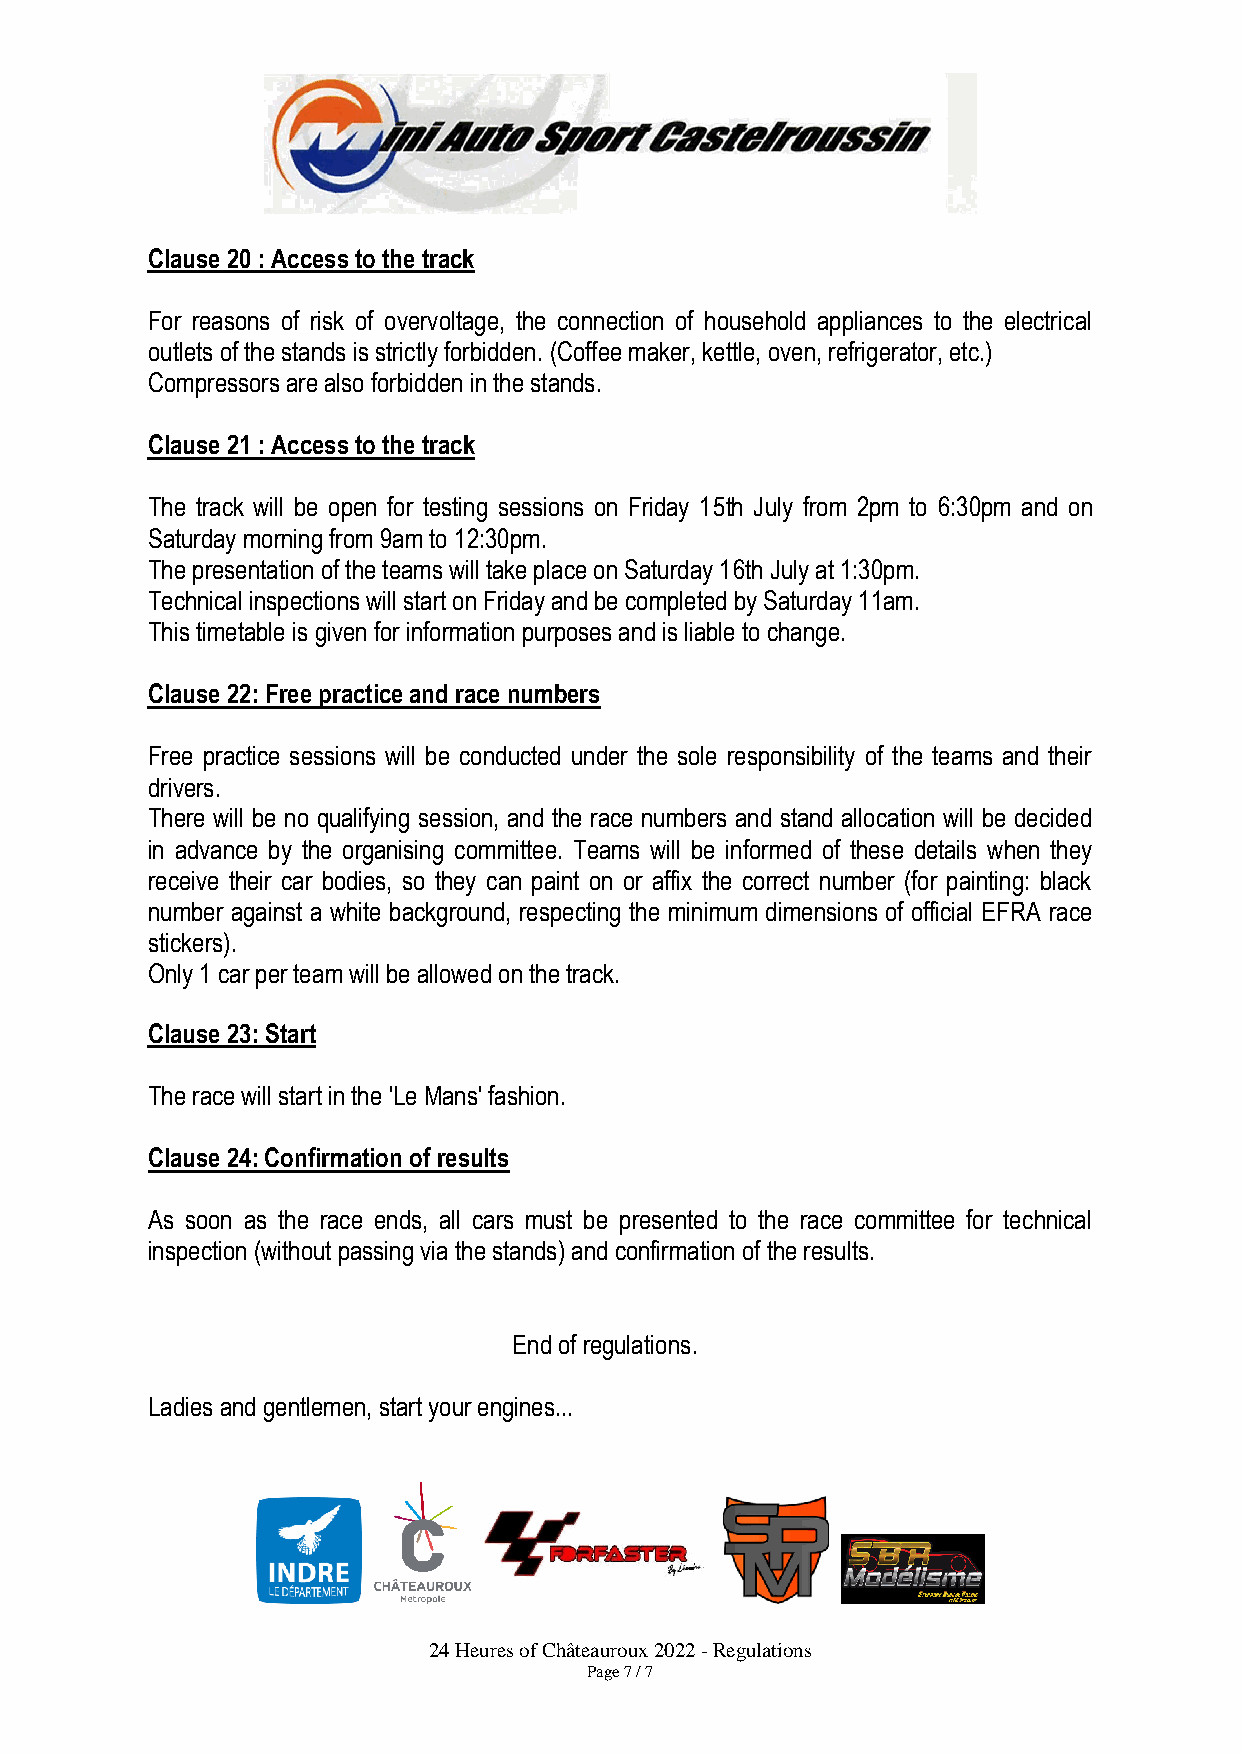
Clause 20 : Access to the track
 For reasons of risk of overvoltage, the connection of household appliances to the electrical
 outlets of the stands is strictly forbidden. (Coffee maker, kettle, oven, refrigerator, etc.)
 Compressors are also forbidden in the stands.
 Clause 21 : Access to the track
 The track will be open for testing sessions on Friday 15th July from 2pm to 6:30pm and on
 Saturday morning from 9am to 12:30pm.
 The presentation of the teams will take place on Saturday 16th July at 1:30pm.
 Technical inspections will start on Friday and be completed by Saturday 11am.
 This timetable is given for information purposes and is liable to change.
 Clause 22: Free practice and race numbers
 Free practice sessions will be conducted under the sole responsibility of the teams and their
 drivers.
 There will be no qualifying session, and the race numbers and stand allocation will be decided
 in advance by the organising committee. Teams will be informed of these details when they
 receive their car bodies, so they can paint on or affix the correct number (for painting: black
 number against a white background, respecting the minimum dimensions of official EFRA race
 stickers).
 Only 1 car per team will be allowed on the track.
 Clause 23: Start
 The race will start in the 'Le Mans' fashion.
 Clause 24: Confirmation of results
 As soon as the race ends, all cars must be presented to the race committee for technical
 inspection (without passing via the stands) and confirmation of the results.
 End of regulations.
 Ladies and gentlemen, start your engines...
 24 Heures of Châteauroux 2022 - Regulations
 Page 7 / 7